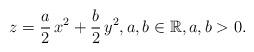
LaTeX: \begin{align*} z = \frac{a}{2}\,x^{2} + \frac{b}{2} \,y^{2}, a,b \in \mathbb{R}, a,b > 0.\end{align*}